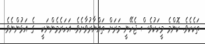
ތަކެކެވެ. ކޮންމެ މީހަކުވެސް ޖެހޭނީ މަރަށް ތައްޔާރުވާށެވެ. އަހަރެމެންނަކީ  ގެ އަޅުންނެވެ.